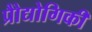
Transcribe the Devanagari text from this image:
प्रोैद्योगिकी